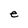
Character: e